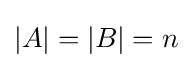
|A|=|B|=n